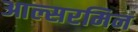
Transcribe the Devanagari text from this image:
आल्सरमिन